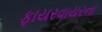
ફાયરવાયરના